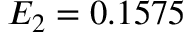
E _ { 2 } = 0 . 1 5 7 5 \